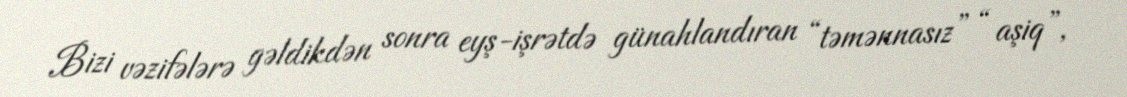
Bizi vəzifələrə gəldikdən sonra eyş-işrətdə günahlandıran “təmənnasız” “ aşiq”,